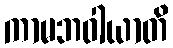
ကာမဘဝါယာတိ